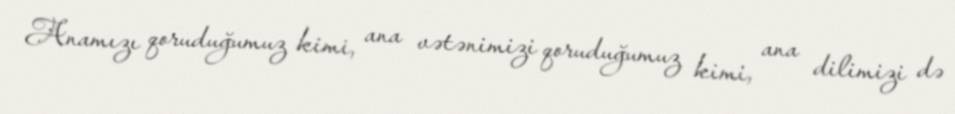
Anamızı qoruduğumuz kimi, ana vətənimizi qoruduğumuz kimi, ana dilimizi də